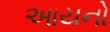
આયનો